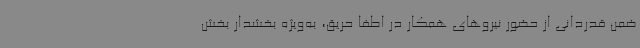
ضمن قدردانی از حضور نیروهای همکار در اطفا حریق، به‌ویژه بخشدار بخش